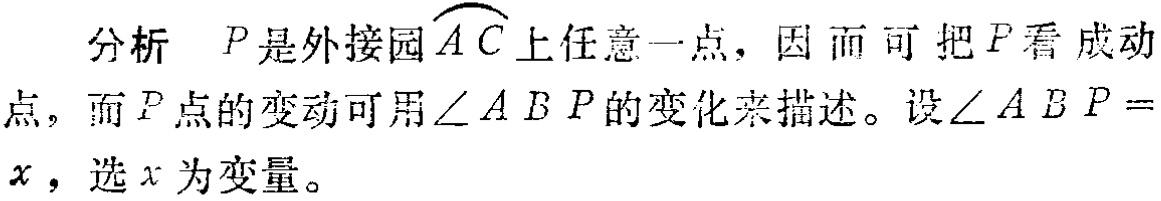
分析 \(P\)是外接园\(\overset{\frown}{AC}\)上任意一点，因而可把\(P\)看成动点，而\(P\)点的变动可用\(\angle ABP\)的变化来描述。设\(\angle ABP = x\)，选\(x\)为变量。